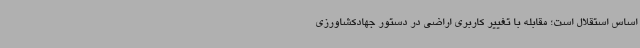
اساس استقلال است؛ مقابله با تغییر کاربری اراضی در دستور جهادکشاورزی